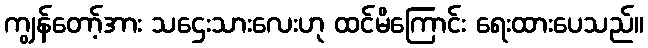
ကျွန်တော့်အား သဌေးသားလေးဟု ထင်မိကြောင်း ရေးထားပေသည်။